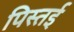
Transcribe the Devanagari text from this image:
पिस्तई